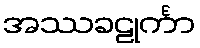
အဿခဠုင်္ကာ